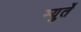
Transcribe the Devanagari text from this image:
म्युर्ते